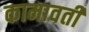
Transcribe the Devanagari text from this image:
कामावती